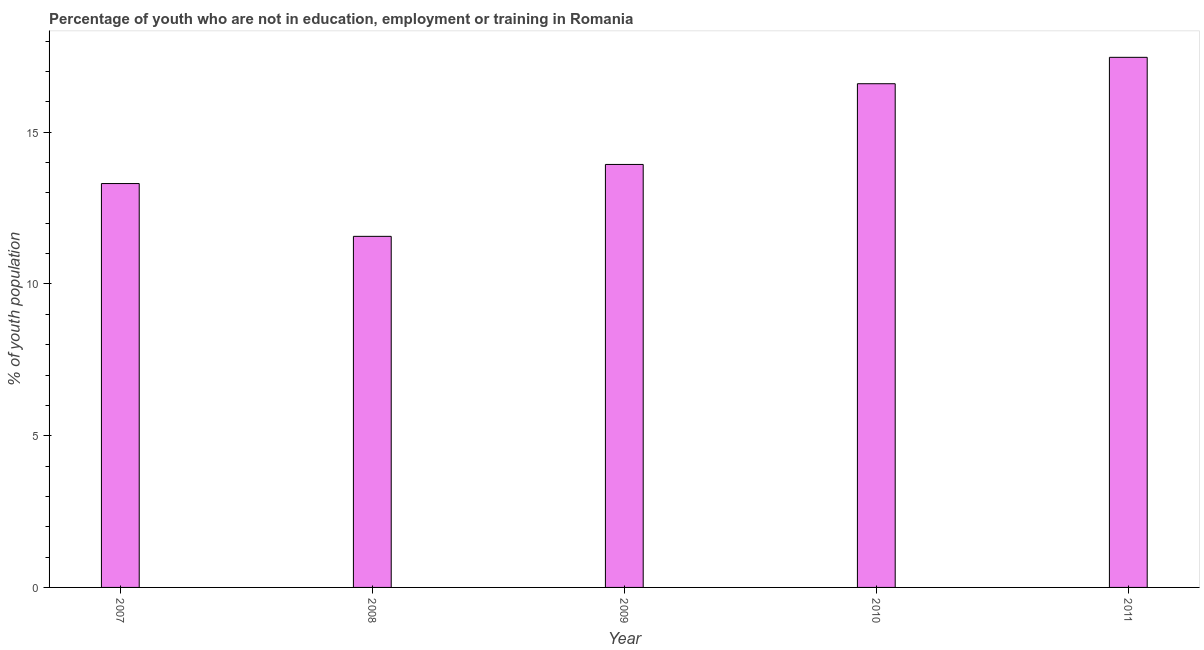
| Year | Unemployed youth |
 | --- | --- |
 | 2007 | 13.3 |
 | 2008 | 11.6 |
 | 2009 | 13.9 |
 | 2010 | 16.6 |
 | 2011 | 17.5 |